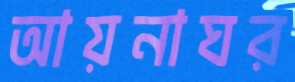
আয়নাঘর